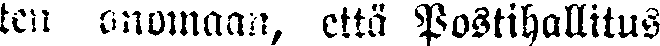
ten anomaan, että Postihallitus